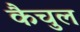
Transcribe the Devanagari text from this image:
कैचुल